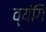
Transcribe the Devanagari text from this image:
व्यंगि